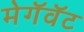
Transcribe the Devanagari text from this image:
मेगॅवॅट